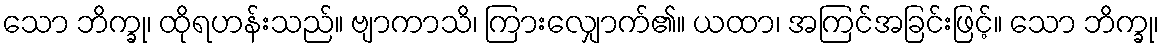
သော ဘိက္ခု၊ ထိုရဟန်းသည်။ ဗျာကာသိ၊ ကြားလျှောက်၏။ ယထာ၊ အကြင်အခြင်းဖြင့်။ သော ဘိက္ခု၊